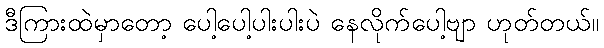
ဒီကြားထဲမှာတော့ ပေါ့ပေါ့ပါးပါးပဲ နေလိုက်ပေါ့ဗျာ ဟုတ်တယ်။